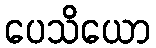
ပေသိယော